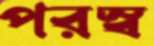
পরস্ব